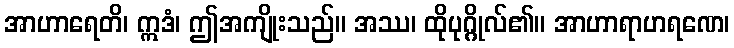
အာဟာရေတိ၊ ဣဒံ၊ ဤအကျိုးသည်။ အဿ၊ ထိုပုဂ္ဂိုလ်၏။ အာဟာရာဟရဏေ၊